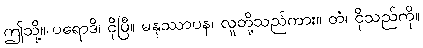
ဤသို့။ ပရောဒိ၊ ငိုပြီ။ မနုဿာပန၊ လူတို့သည်ကား။ တံ၊ ငိုသည်ကို။